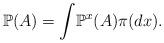
LaTeX: \begin{align*}\mathbb{P}(A)={\displaystyle\int}\mathbb{P}^{x}(A)\pi(dx). \end{align*}